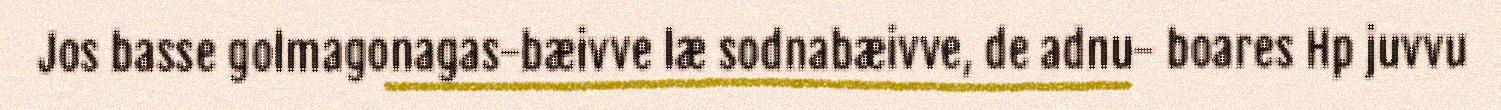
Jos basse golmagonagas-bæivve læ sodnabæivve, de adnu- boares Hp juvvu